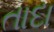
તાદા